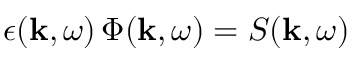
\epsilon ( \mathbf { k } , \omega ) \, \Phi ( \mathbf { k } , \omega ) = S ( \mathbf { k } , \omega )